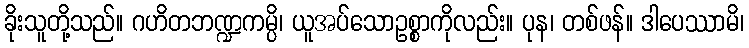
ခိုးသူတို့သည်။ ဂဟိတဘဏ္ဍကမ္ပိ၊ ယူအပ်သောဥစ္စာကိုလည်း။ ပုန၊ တစ်ဖန်။ ဒါပေဿာမိ၊